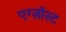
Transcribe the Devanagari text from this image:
एग्ज़ॉस्ट